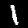
Digit: 1